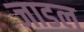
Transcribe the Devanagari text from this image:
जाडल